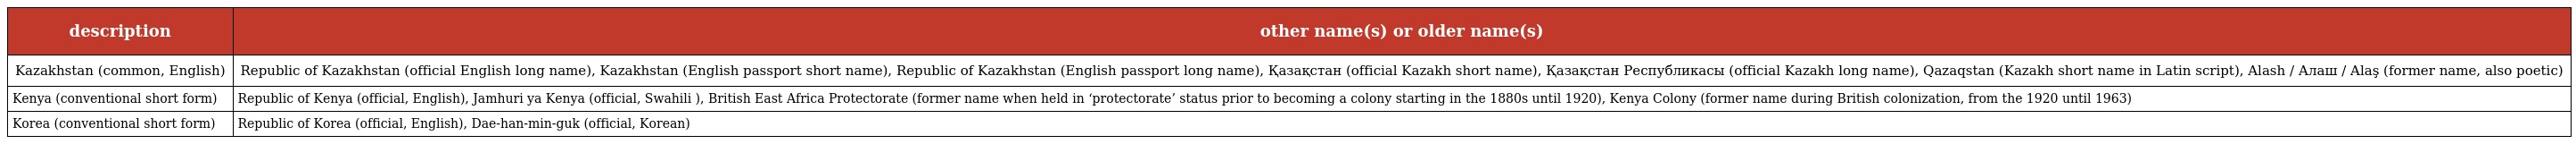
| description | other name(s) or older name(s) |
 | --- | --- |
 | Kazakhstan (common, English) | Republic of Kazakhstan (official English long name), Kazakhstan (English passport short name), Republic of Kazakhstan (English passport long name), Қазақстан (official Kazakh short name), Қазақстан Республикасы (official Kazakh long name), Qazaqstan (Kazakh short name in Latin script), Alash / Алаш / Alaş (former name, also poetic) |
 | Kenya (conventional short form) | Republic of Kenya (official, English), Jamhuri ya Kenya (official, Swahili ), British East Africa Protectorate (former name when held in ‘protectorate’ status prior to becoming a colony starting in the 1880s until 1920), Kenya Colony (former name during British colonization, from the 1920 until 1963) |
 | Korea (conventional short form) | Republic of Korea (official, English), Dae-han-min-guk (official, Korean) |